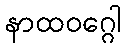
နာထဝဂ္ဂေါ